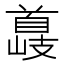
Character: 𮩣